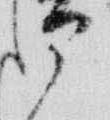
部